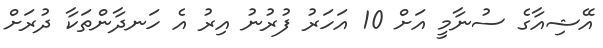
އޭޝިއާގެ ސުނާމީ އަށް 10 އަހަރު ފުރުނު އިރު އެ ހަނދާންތަކާ ދުރަށް